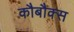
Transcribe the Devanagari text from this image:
कौबौक्स